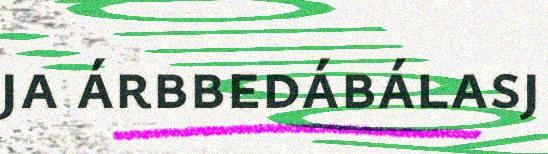
ja árbbedábálasj